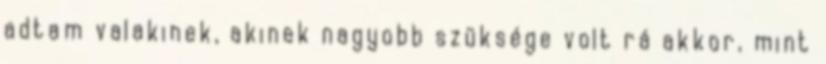
adtam valakinek, akinek nagyobb szüksége volt rá akkor, mint